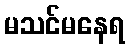
မသင်မနေရ